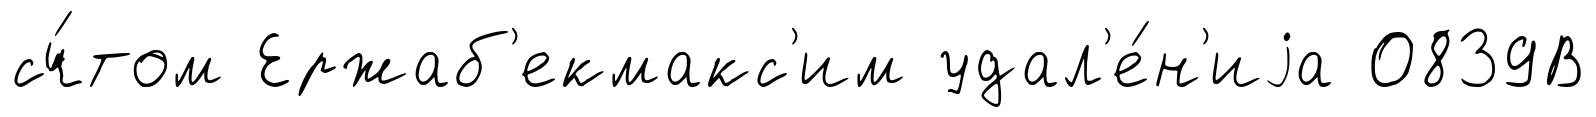
сч́том Ержаб'екмакс'им удал'е́н'иjа 0839В